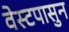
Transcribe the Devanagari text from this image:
वेस्टपासुन